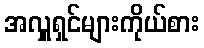
အလှူရှင်များကိုယ်စား